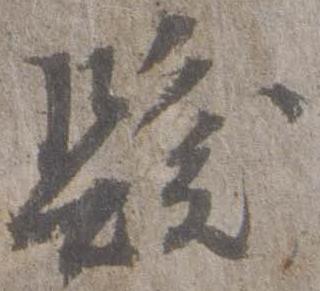
髪